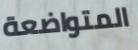
المتواضعة